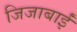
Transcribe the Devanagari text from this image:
जिजाबाईं